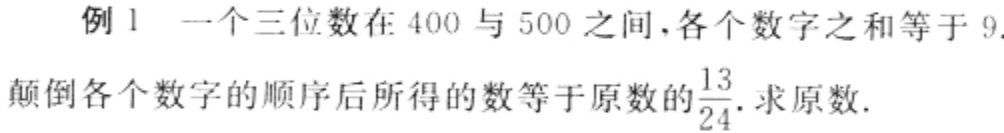
例1 一个三位数在400与500之间,各个数字之和等于9.
颠倒各个数字的顺序后所得的数等于原数的$\frac{13}{24}$.求原数.